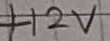
Text: +12V